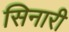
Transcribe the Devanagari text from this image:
सिनारी